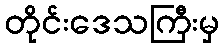
တိုင်းဒေသကြီးမှ